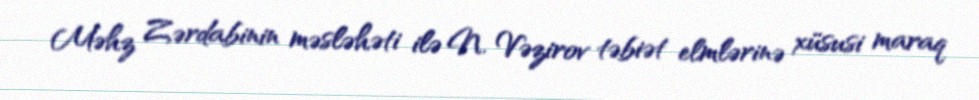
Məhz Zərdabinin məsləhəti ilə N. Vəzirov təbiət elmlərinə xüsusi maraq